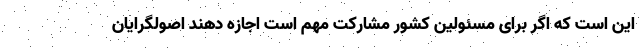
این است که اگر برای مسئولین کشور مشارکت مهم است اجازه دهند اصولگرایان